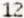
12